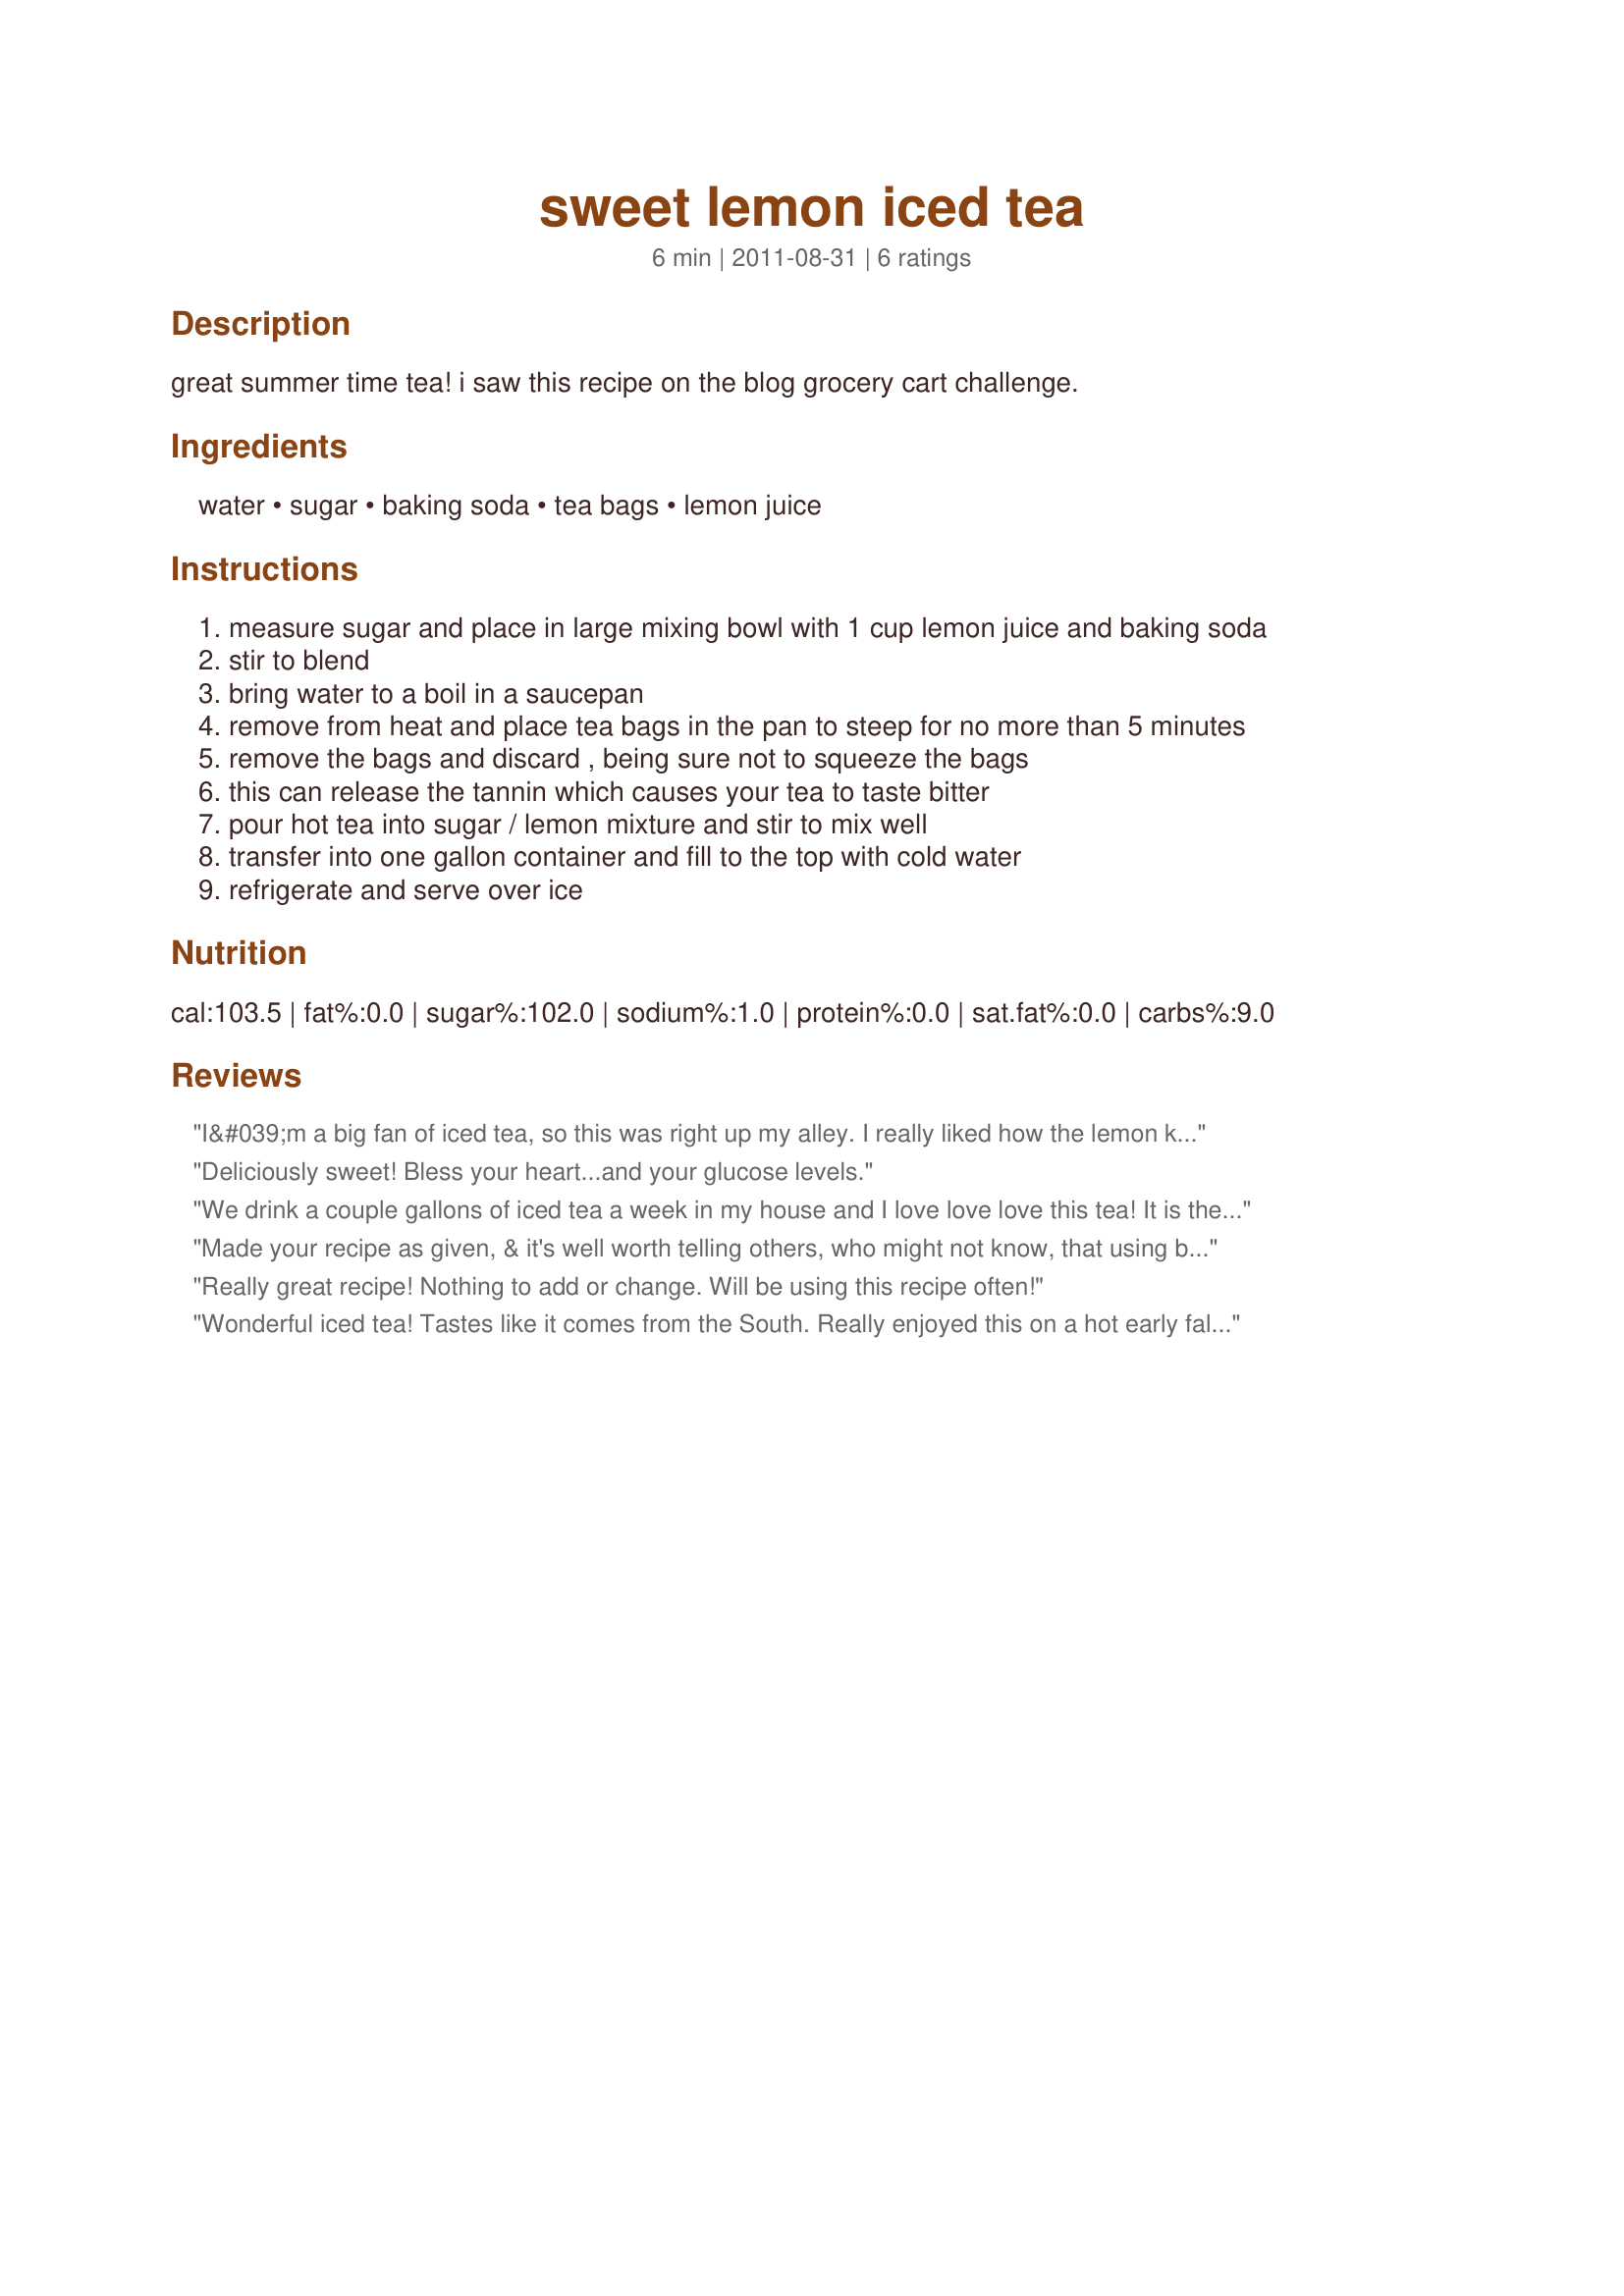
sweet lemon iced tea
Preparation time: 6 minutes

great summer time tea! i saw this recipe on the blog grocery cart challenge.

Ingredients:
water, sugar, baking soda, tea bags, lemon juice

Steps:
measure sugar and place in large mixing bowl with 1 cup lemon juice and baking soda
stir to blend
bring water to a boil in a saucepan
remove from heat and place tea bags in the pan to steep for no more than 5 minutes
remove the bags and discard , being sure not to squeeze the bags
this can release the tannin which causes your tea to taste bitter
pour hot tea into sugar / lemon mixture and stir to mix well
transfer into one gallon container and fill to the top with cold water
refrigerate and serve over ice

Reviews:
I&#039;m a big fan of iced tea, so this was right up my alley. I really liked how the lemon kept this from being too sweet. I made this batch with some regular Salada tea bags, but I think I might try this with some of the other teas that I have in the pantry as well. Thanks for posting! Made for PAC Spring 2014
Deliciously sweet! Bless your heart...and your glucose levels.
We drink a couple gallons of iced tea a week in my house and I love love love this tea! It is the perfect balance of sweet and sour! This has become my go to drink. (4)
Made your recipe as given, & it's well worth telling others, who might not know, that using baking soda (just as I use it in the homemade pasta sauce that I make) helps dissipate the bitter taste that sometimes occurs when tea isn't brewed properly (or, in the case of the pasta sauce, when using a lot of lot of the acidic tomato products)! Anyway, you definitely got a great recipe for good ol' southern sweet ice tea! Thanks for sharing the recipe! [Made & reviewed for one of my adoptees in this fall's round of Pick A Chef]
Really great recipe! Nothing to add or change. Will be using this recipe often!
Wonderful iced tea! Tastes like it comes from the South. Really enjoyed this on a hot early fall day. Thanks for sharing!
